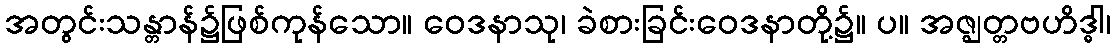
အတွင်းသန္တာန်၌ဖြစ်ကုန်သော။ ဝေဒနာသု၊ ခဲစားခြင်းဝေဒနာတို့၌။ ပ။ အဇ္ဈတ္တဗဟိဒ္ဓါ၊